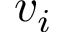
v _ { i }